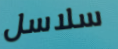
سلاسل